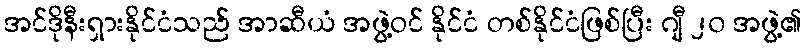
အင်ဒိုနီးရှားနိုင်ငံသည် အာဆီယံ အဖွဲ့ဝင် နိုင်ငံ တစ်နိုင်ငံဖြစ်ပြီး ဂျီ ၂၀ အဖွဲ့၏